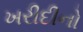
ખરીદીનો